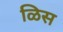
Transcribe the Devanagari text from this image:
ळिस